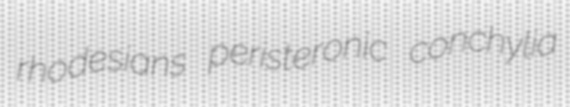
rhodesians peristeronic conchylia